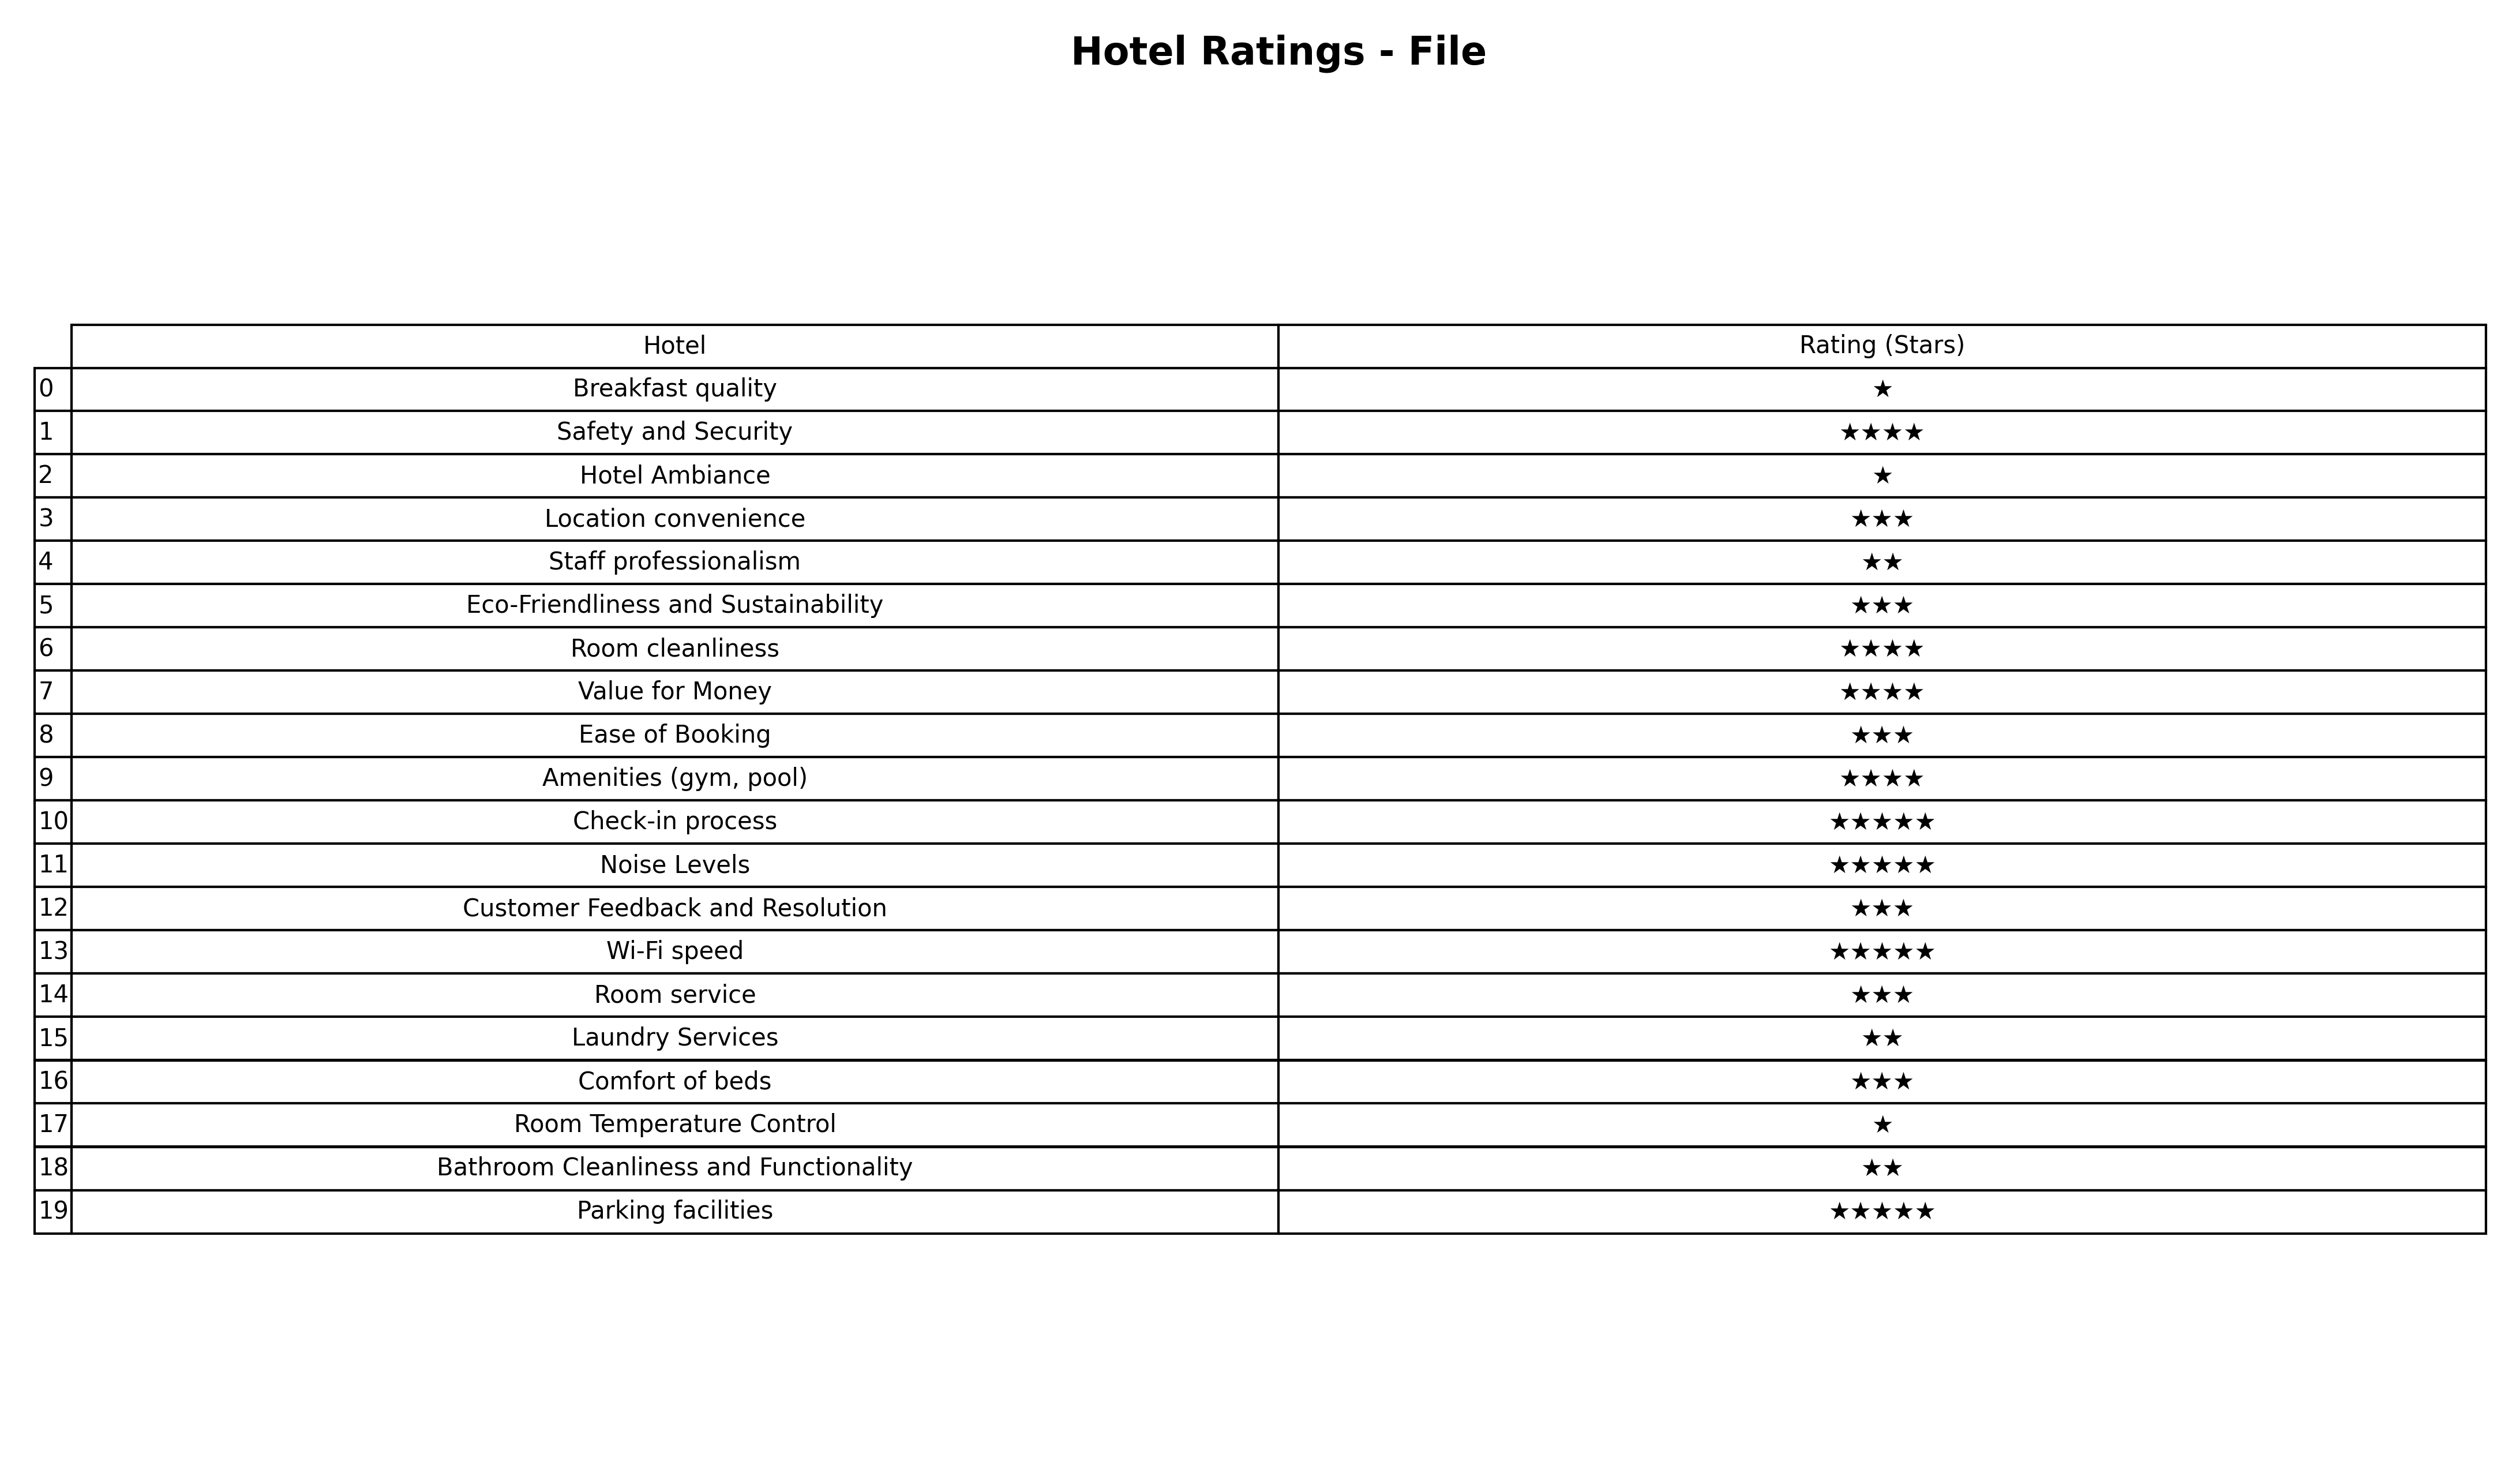
question: What are two star services?
answer: Staff professionalismLaundry ServicesBathroom Cleanliness and Functionality